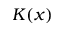
K ( x )